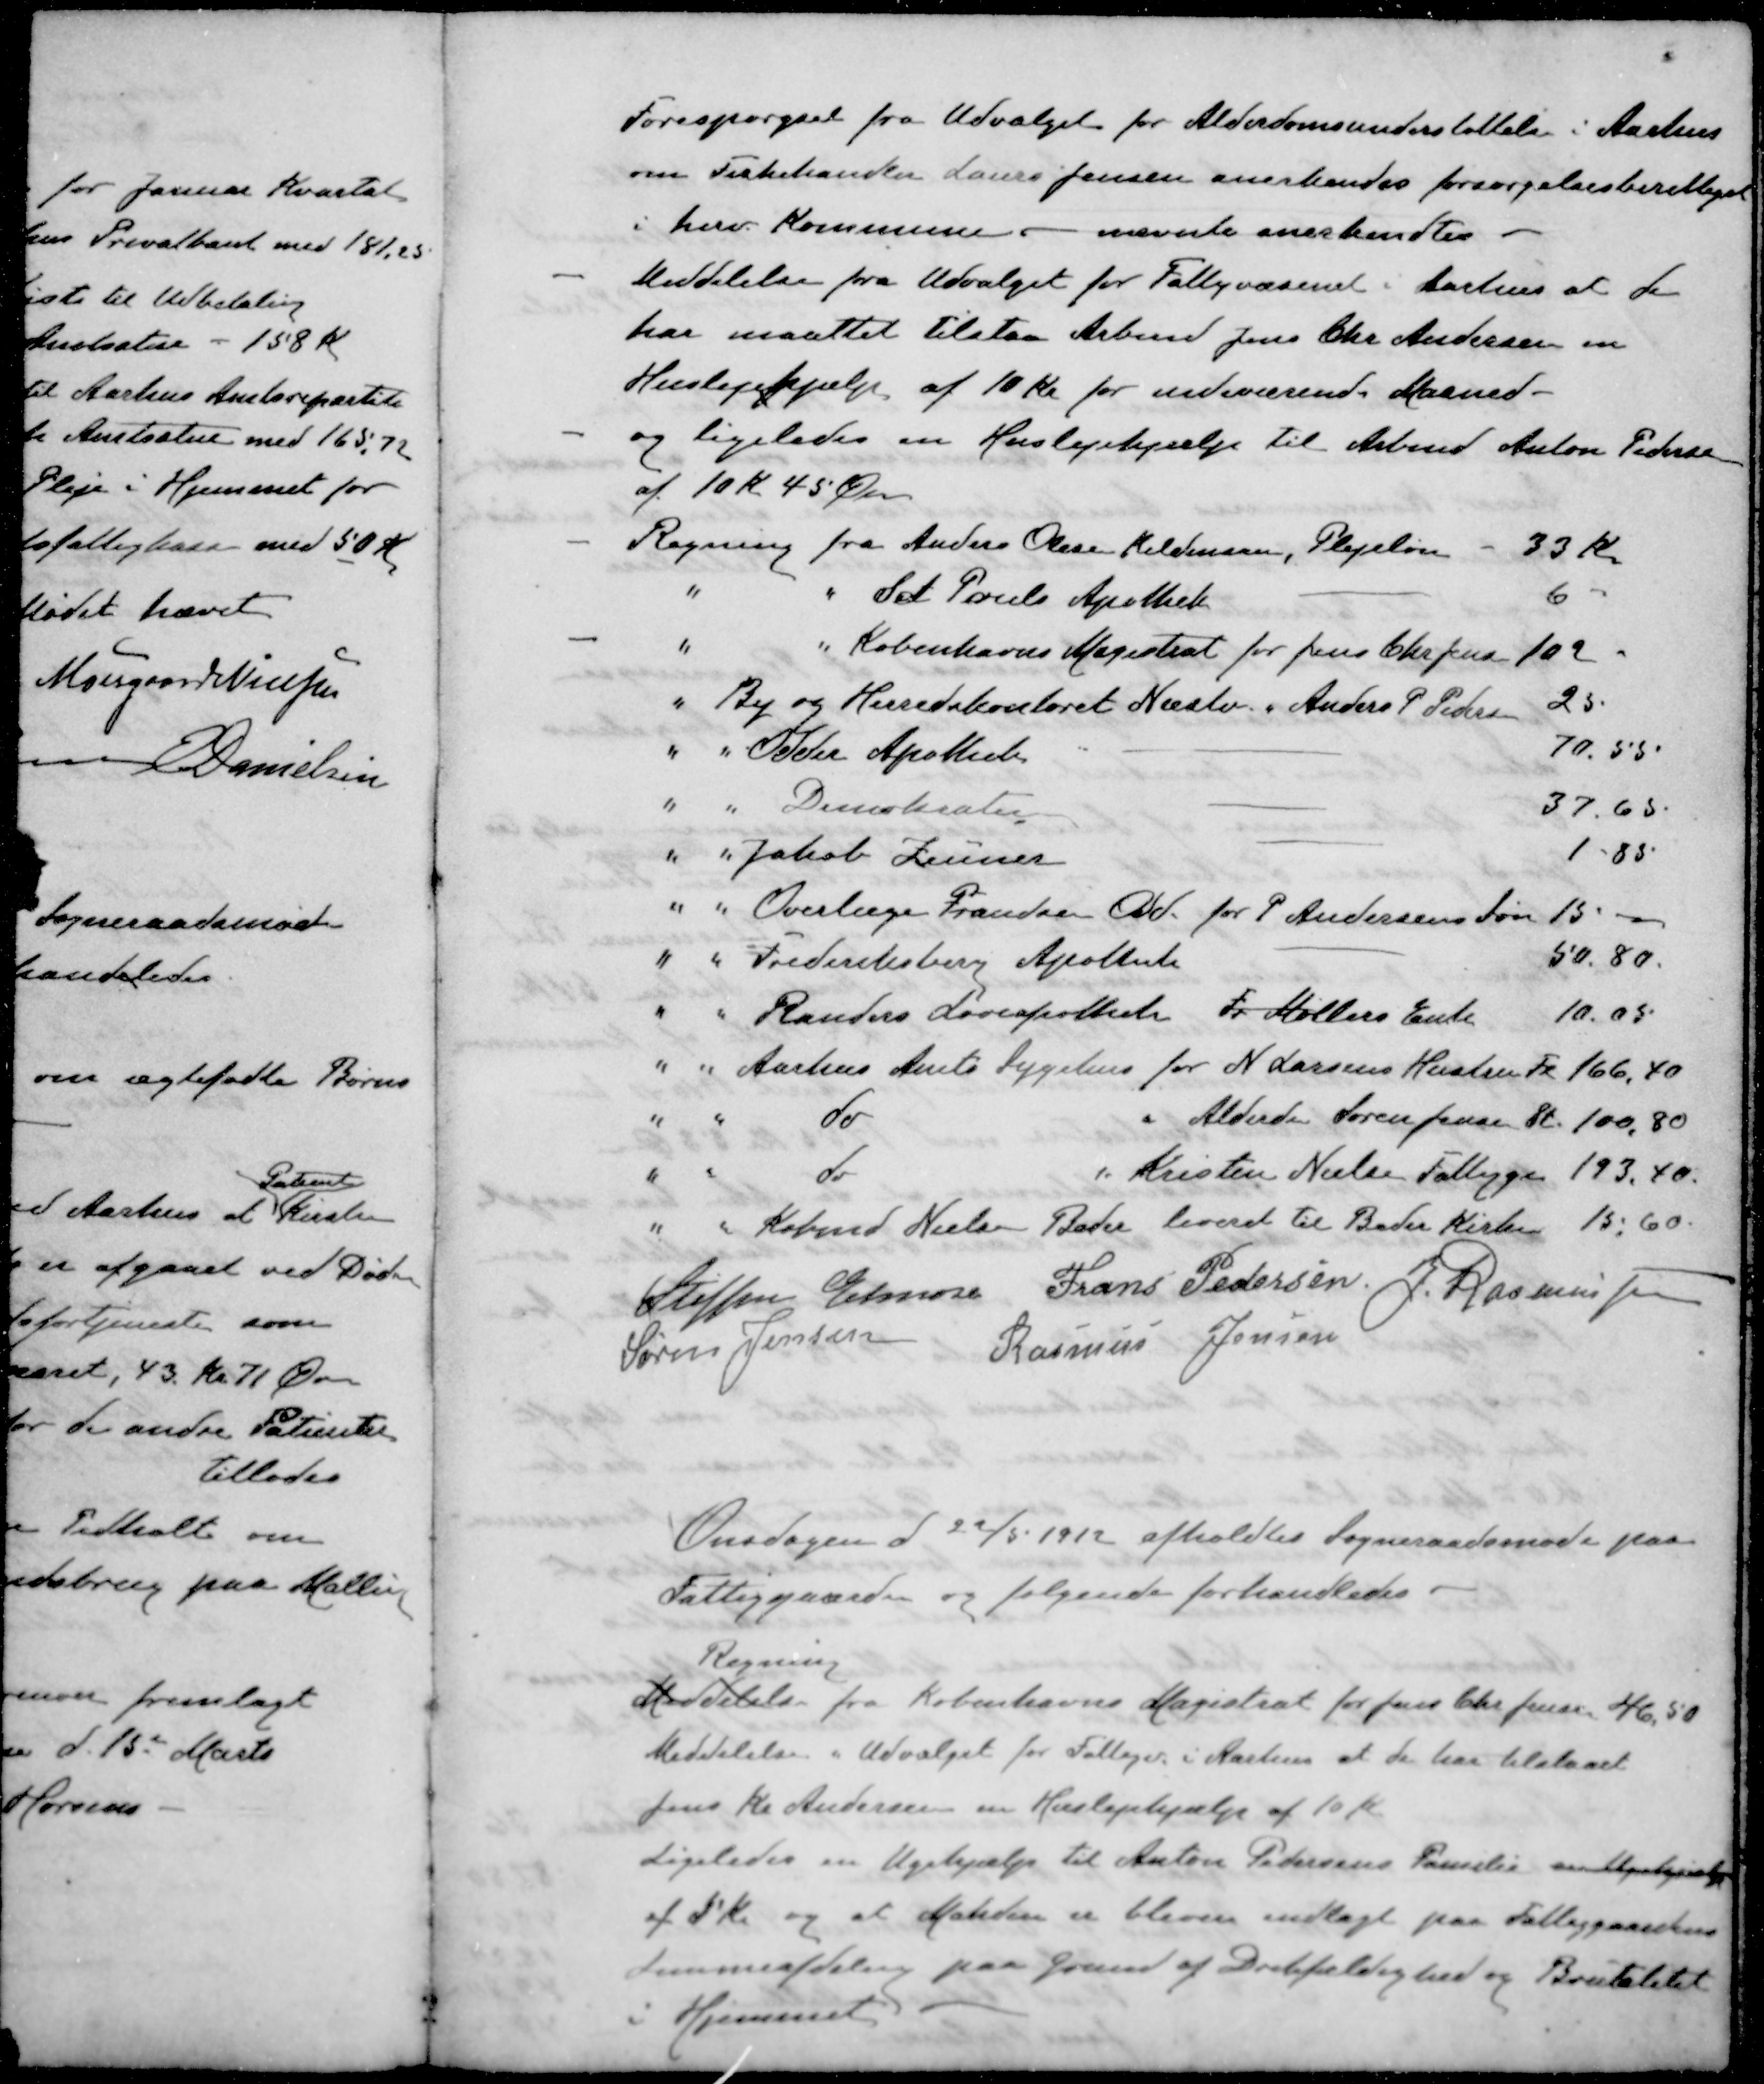
Transskription:
Forespørgsel fra Udvalget for Alderdomsunderstøttelse i Aarhus
om Fiskehandler Laurs Jensen anerkendes forsørgelsesberettiget
i herv. Kommune - nævnte anerkendtes
- Meddelelse fra Udvalget for Fattigvæsenet i Aarhus at de
har maattet tilstaa Arbmd Jens Chr. Andersen en
Huslejehjælp af 10 Kr for indeværende Maaned -
- og ligeledes en Huslejehjælp til Arbmd Anton Pedersen
af 10 Kr 45 Øre
- Regning fra Anders Olesen Kildensen, Plejeløn 33 Kr.
" " Sct Pouls Apothek - 6
- " " Københavns Magistrat for Jens Chr. Jensen 102
" By og Herredskontoret Næstv. " Anders P Pedersen 25
" " Odder Apothek 70. 55
" " Demokratenr - 37.65.
" " Jakob Zeuner 1-85
" " Overlæge Frandsen Odd for P Andersens Søn 15.-
" " Frederiksberg Apothek 50.80
" " Randers Løveapothek Fr Møllers Enke 10.05
" " Aarhus Amts Sygehus for N. Larsens Hustru Fr 166,40
" " do " Alderde Søren Jensen St. 100,80
" " do " Kristen Nielsen Fattigge 193,40.
" " Købmd Nielsen Beder leveret til Beder Kirke 15.60
Steffen Elmose
Frans Pedersen
J Rasmussen
Søren Jensen
Rasmus Jensen
Onsdagen d 22/5 1912 afholdtes Sogneraadsmøde paa
Fattiggaarden og følgende forhandledes.
Regning
Meddelelse fra Københavns Magistrat for Jens Chr Jensen 46,50
Meddelelse " Udvalget for Fattige i Aarhus at de har tilstaaet
Jens R. Andersen en Huslejehjælp af 10 Kr
Ligeledes en Ugehjælp til Anton Pedersens Familie en 
af 5 Kr og at Manden er bleven indlagt paa Fattiggaardens
Lemmeafdeling paa Grund af Drikfældighed og Brutalitet
i Hjemmet